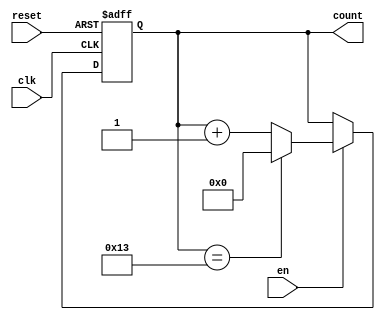
`timescale 1ns / 1ps

module counterModN #(parameter x=5, n=20) (input clk, en, reset, output reg [x-1:0]count);
always @(posedge clk, posedge reset) begin
 if (reset == 1)
    count <= 0;
 else if (en == 1)
    if (count == n-1)
        count <= 0;
    else
        count <= count + 1;
 end
endmodule